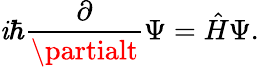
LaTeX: \mathit{i}\hbar{\frac{{\partial}}{{\partialt}}}\Psi={\hat{{H}}}\Psi.